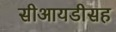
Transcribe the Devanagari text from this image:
सीआयडीसह